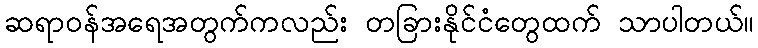
ဆရာဝန်အရေအတွက်ကလည်း တခြားနိုင်ငံတွေထက် သာပါတယ်။